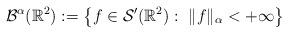
LaTeX: \begin{align*}\mathcal{B}^{\alpha} (\mathbb{R}^2) := \left\{f \in \mathcal{S}^{\prime} (\mathbb{R}^2): ~ \|f \|_{\alpha} < + \infty \right\}\end{align*}